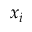
x _ { i }